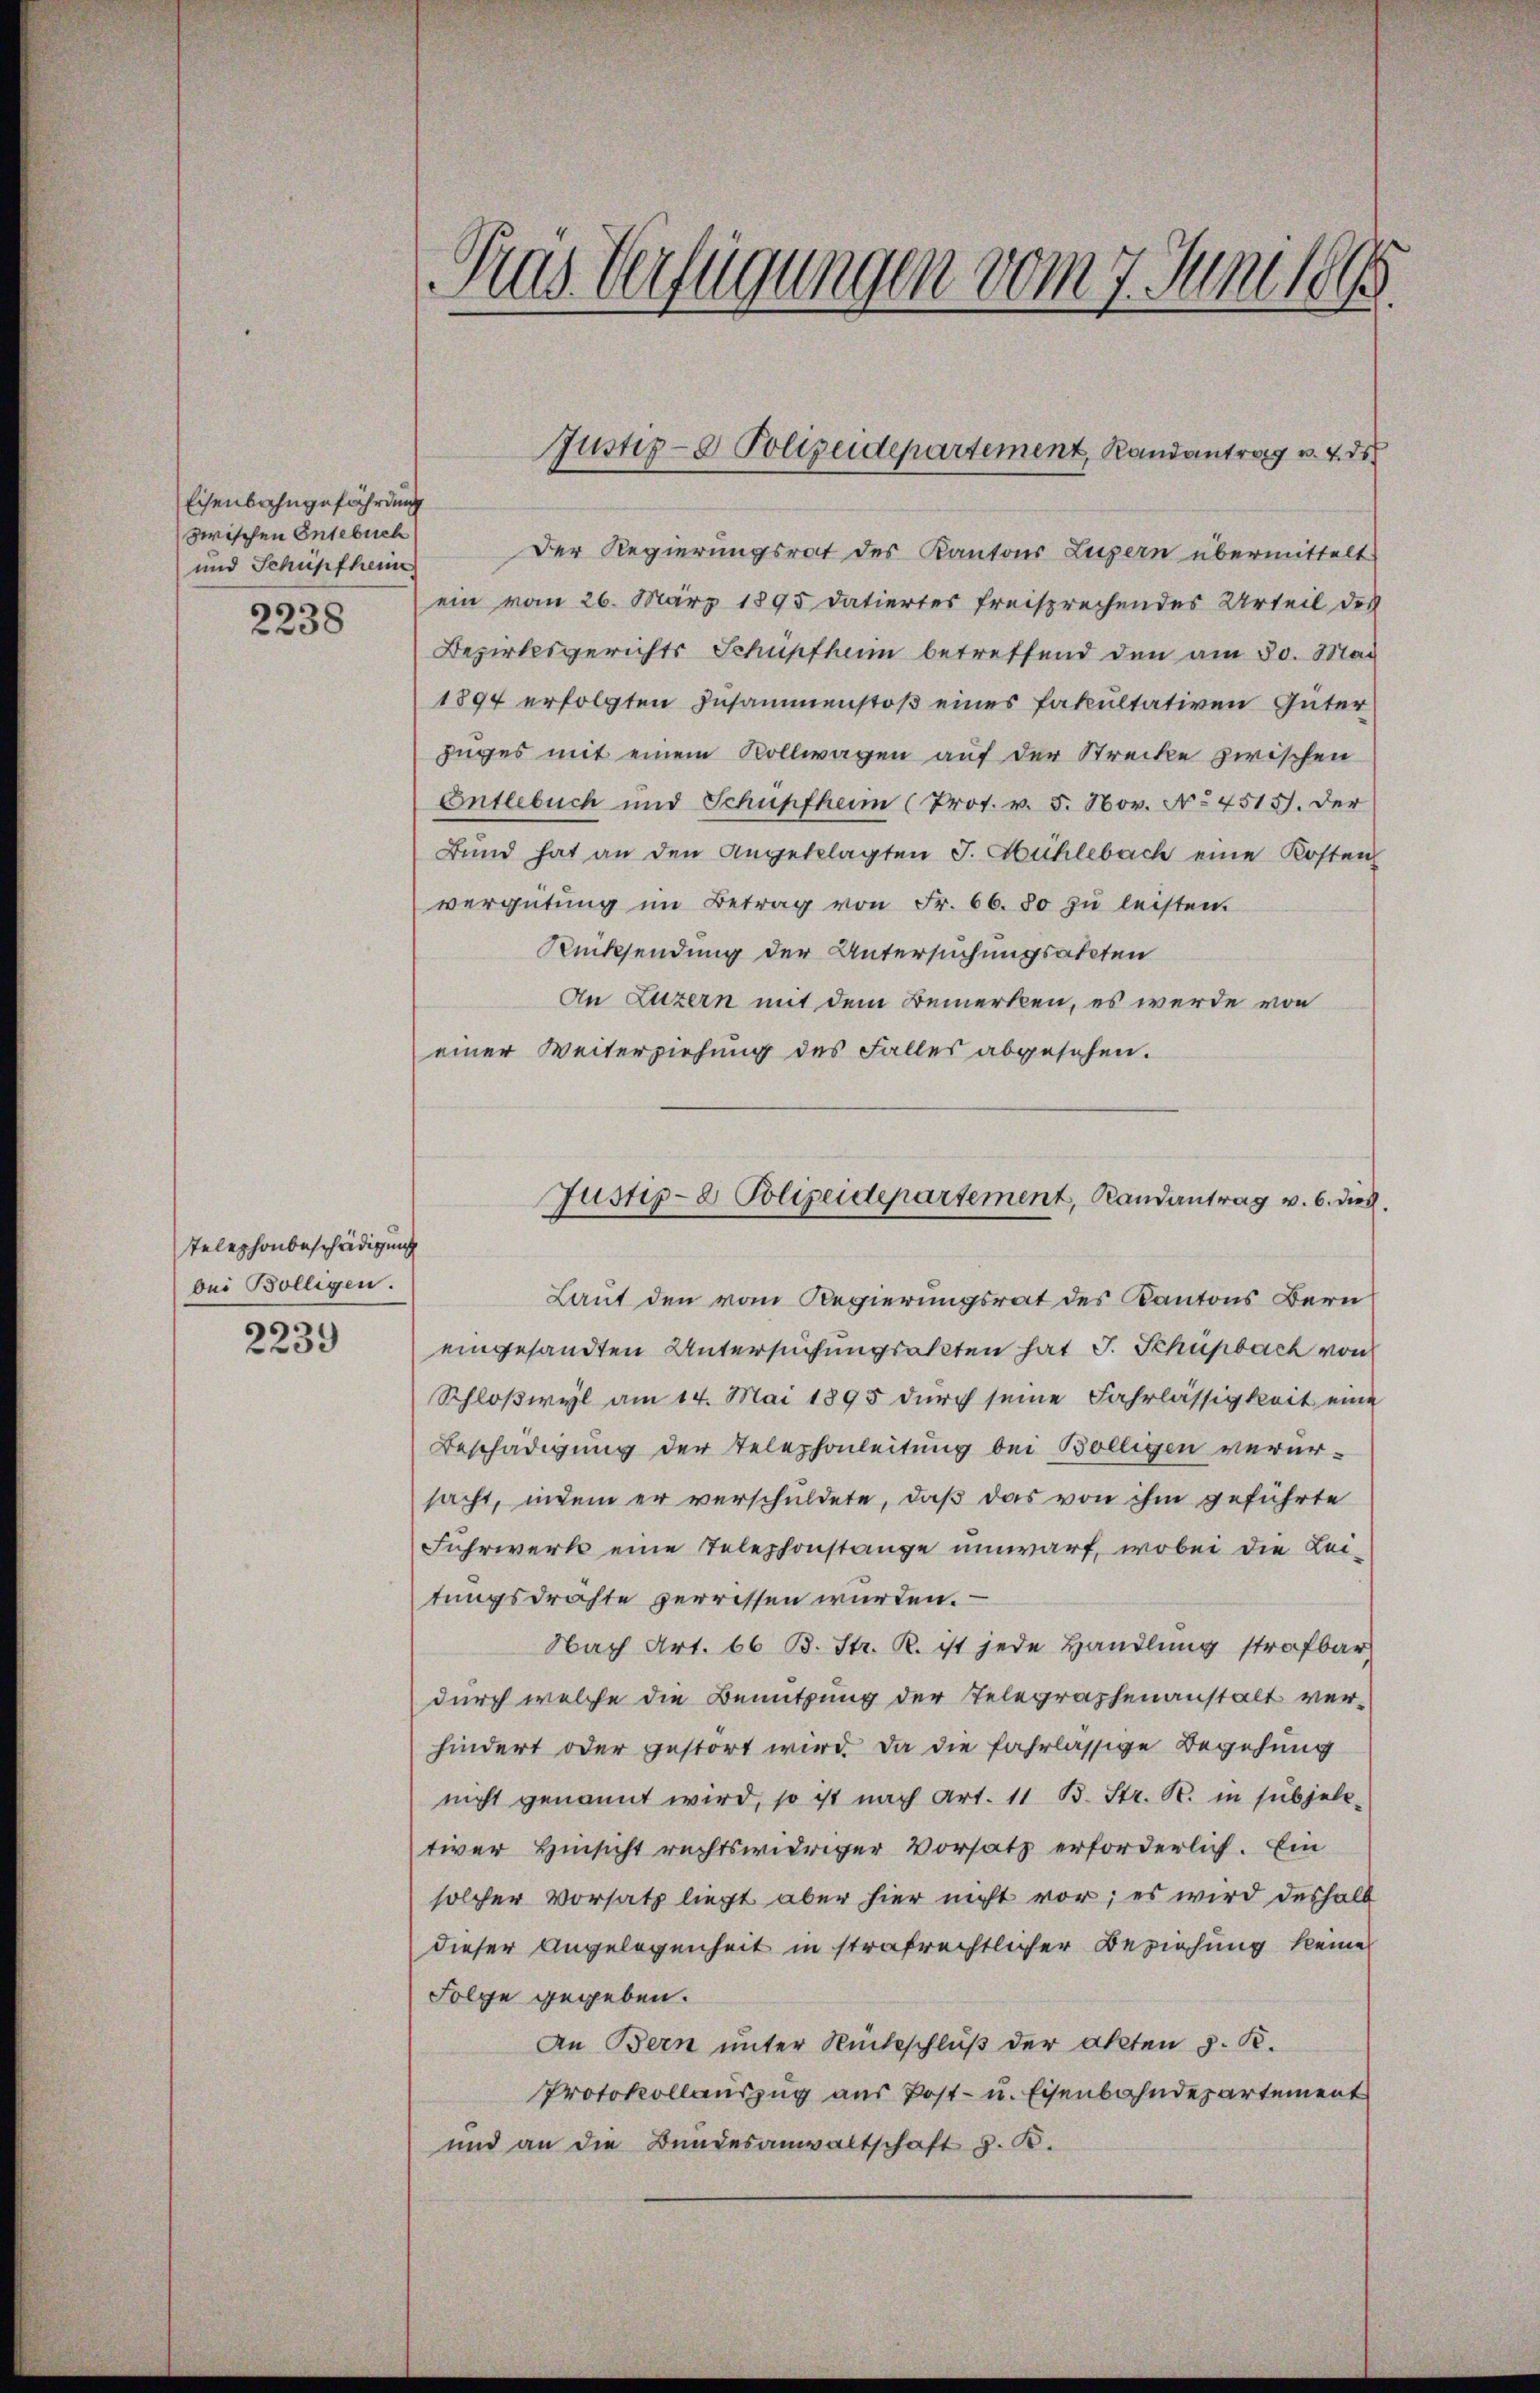
Eisenbahngefährdung
zwischen Entebuch
und Schüpfheim
2238

Telephonbeschädigung
bei Bolligen.

2239

Aus Verfügungen vom 7. Juni 1890.

Der Regierungsrat des Kantons Luzern übermittelt
ein vom 26. März 1895 datiertes freisprechendes Urteil des
Bezirksgerichts Schüpfheim betreffend den am 30. Mai
1894 erfolgten Zusammenstoß eines Fakultativen Güter
zuges mit einem Rollwagen auf der Strecke zwischen
Entlebuch und Schüpfheim (Prot. v. 5. Nov. No 4515). Der
Bund hat an den Angeklagten J. Mühlebach eine Kosten
vergütung im Betrag von Fr. 66. 80 zu leisten.
Rücksendung der Untersuchungsakten
An Luzern mit dem Bemerken, es werde von
einer Weiterziehung des Falles abgesehen.
Laut den vom Regierungsrat des Kantons Bern
eingesandten Untersuchungsalten hat J. Schüpbach von
Schloßwyl am 14. Mai 1895 durch seine Fahrlässigkeit eine
Beschädigung der Telephonleitung bei Bolligen verursacht, indem er verschuldete, daß das von ihm geführte
Fuhrwerk eine Telephonstange umwarf, wobei die Lei-
tungsdrahte verrissen wurden. —
Nach Art. 66 B. Str. R. ist jede Handlung strafbar
durch welche die Benutzung der Telegraphenanstalt verhindert oder gestört wird. Da die fahrlässige Begehung
nicht genannt wird, so ist nach Art. 11 B. Str. R. in subjele-
tiver Hinsicht rechtswidriger Vorsatz erforderlich. Ein
solcher Vorsatz liegt aber hier nicht vor; es wird deshalb
dieser Angelegenheit in strafrechtlicher Beziehung keine
Folge gegeben.
An Bern unter Rückschluß der Akten d. R.
Protokollauszug aus Post- u. Eisenbahndepartement
und an die Bundesanwaltschaft z. B.

Justiz- & Polizeidepartement, Randantrag v. 4. ds

Justiz- & Polizeidepartement, Randantrag v. 6. ds.